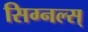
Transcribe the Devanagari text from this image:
सिग्नल्स्